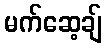
မက်ဆေ့ချ်